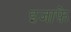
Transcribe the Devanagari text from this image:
इजाफ़े